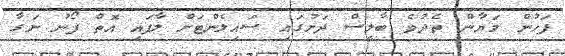
ފަހުން މަޔާން ތެދުވެ ބާލީސް ދަށުގައި ސައިލެންޓަށް ލާފައި އޮތް ފޯނު ނަގާ